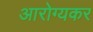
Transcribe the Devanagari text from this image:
आरोग्यकर